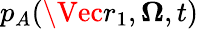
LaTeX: p_{A}(\Vec{r}_{1},\mathbf{\Omega},t)